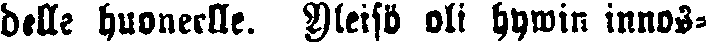
dtlle huoneelle. Yleisö oli hywin innos-